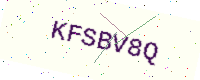
Text: KFSBV8Q